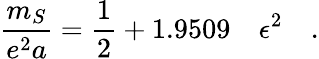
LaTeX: \frac{m_{S}}{e^{2}a}=\frac{1}{2}+1.9509\quad\epsilon^{2}\quad.